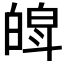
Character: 𤾍